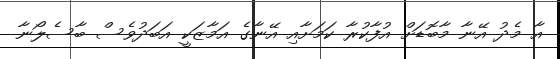
އާ މެދު އޭނާ މާބޮޑަށް އުފާކުރާ ކަމަށާއި އޭނާގެ އަމާޒަކީ އަބަދުވެސް ބާސެލޯނާ